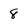
Character: 8